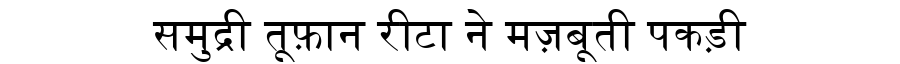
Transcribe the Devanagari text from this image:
समुद्री तूफ़ान रीटा ने मज़बूती पकड़ी